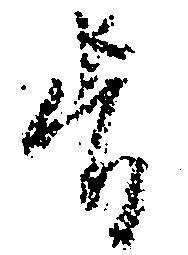
旨